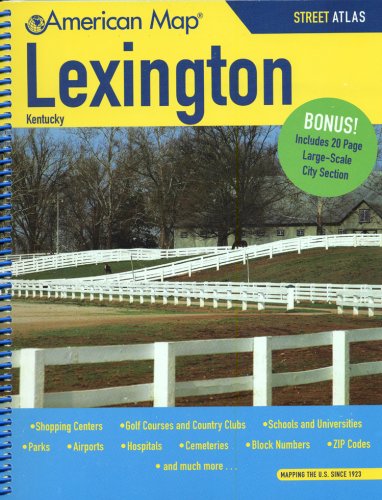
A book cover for American Map Lexington Kentucky; Travel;